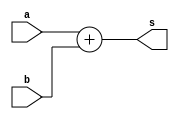
`timescale 1ns / 1ps
//////////////////////////////////////////////////////////////////////////////////
// Company: 
// Engineer: 
// 
// Design Name: 
// Module Name:    adder1 
// Project Name: 
// Target Devices: 
// Tool versions: 
// Description: 
//
// Dependencies: 
//
// Revision: 
// Revision 0.01 - File Created
// Additional Comments: 
//
//////////////////////////////////////////////////////////////////////////////////
module adder12(
    input [11:0] a,
    input [11:0] b,
    output [11:0] s
    );

assign s=a+b;
endmodule